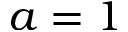
a = 1